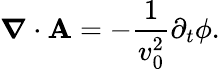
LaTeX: \boldsymbol{\nabla}\cdot\mathbf{A}=-\frac{1}{v_{0}^{2}}\partial_{t}\phi.